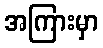
အကြားမှာ